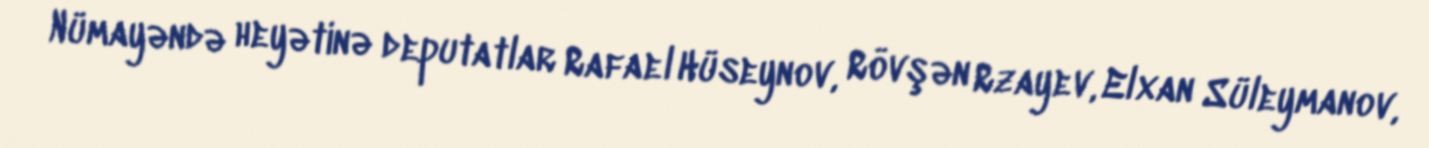
Nümayəndə heyətinə deputatlar Rafael Hüseynov, Rövşən Rzayev, Elxan Süleymanov,